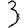
Digit: 3